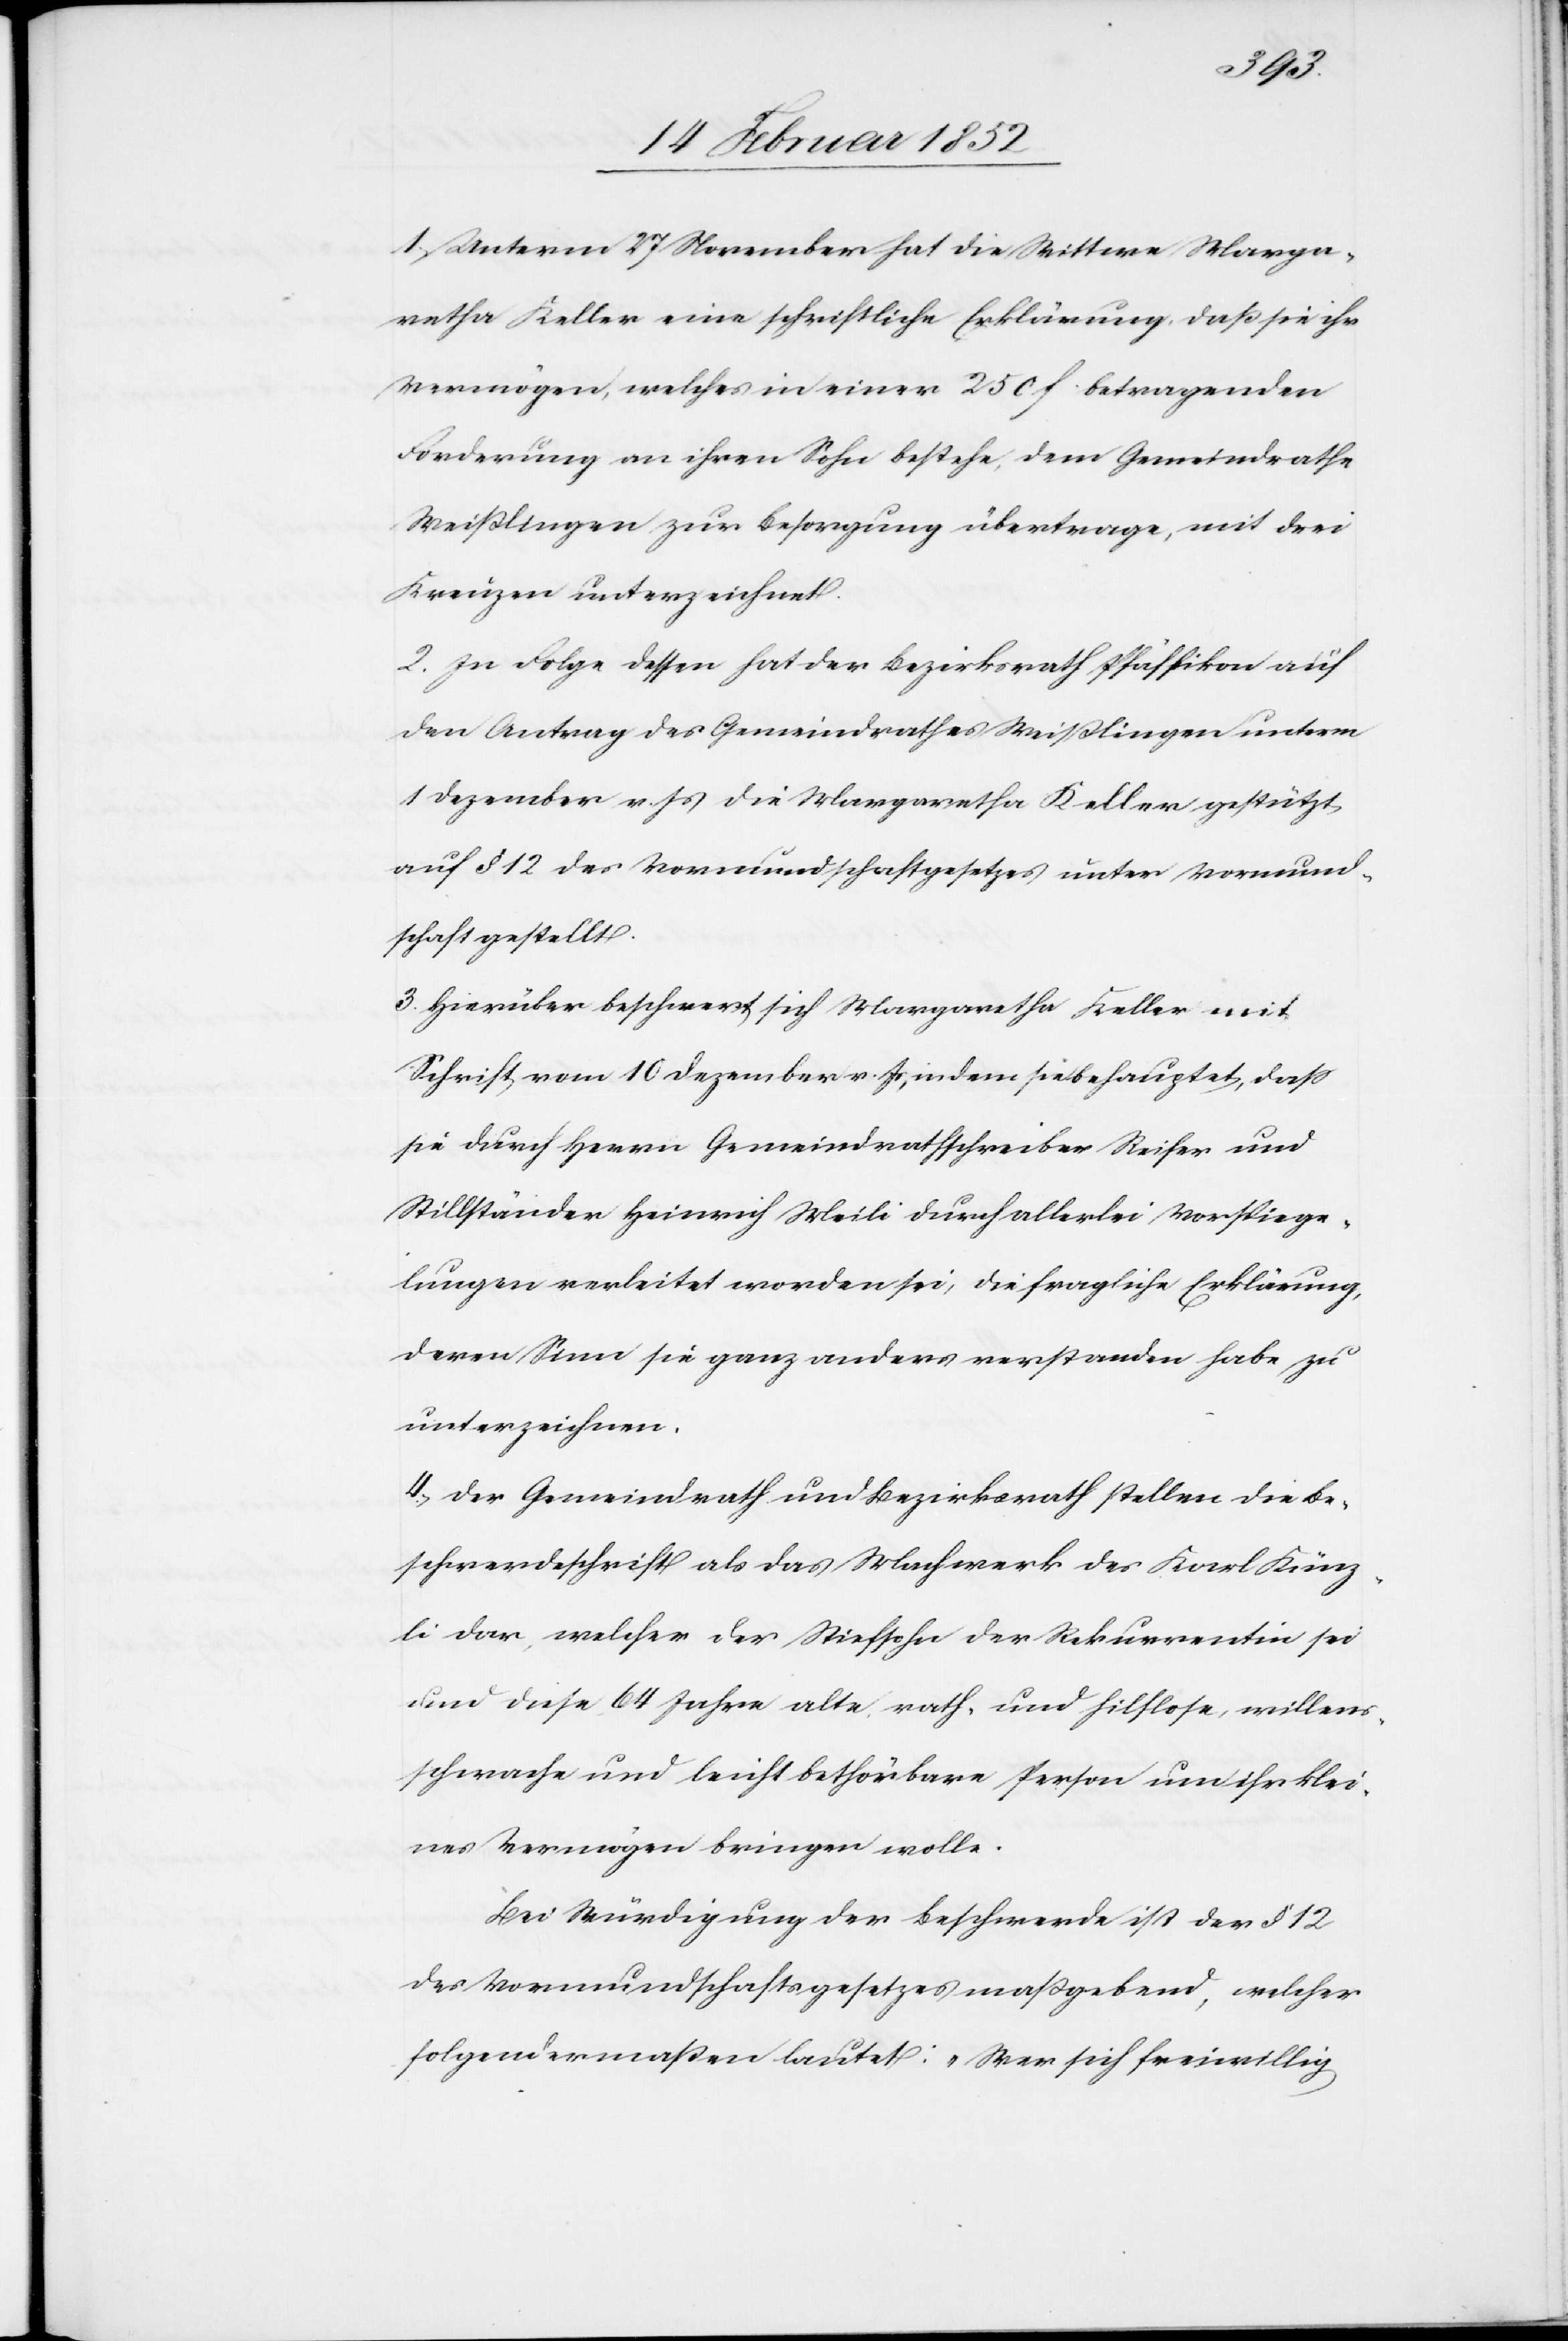
1) Unterm 27 November hat sich die Wittwe Marga¬
retha Keller eine schriftliche Erklärung, daß sie ihr
Vermögen, welches in einer 250 f. betragenden
Forderung an ihren Sohn bestehe, dem Gemeindrathe
Weißlingen zur Besorgung übertrage, mit drei
Kreuzen unterzeichnet.
2. In Folge dessen hat der Bezirksrath Pfäffikon auch
den Antrag des Gemeindrathes Weißlingen unterm
1 Dezember v. Js die Margaretha Keller gestützt
auf § 12 des Vormundschaftsgesetzes unter Vormund¬
schaft gestellt.
3. Hierüber beschwert sich Margaretha Keller mit
Schrift vom 10 Dezember, indem sie behauptet, daß
sie durch Herrn Gemeindrathsschreiber Reiser und
Stillständer Heinrich Meili durch allerlei Vorspiege¬
lungen verleitet worden sei, die fragliche Erklärung,
deren Sinn sie ganz anders verstanden habe zu
unterzeichnen.
4.) Der Gemeindrath und Bezirksrath stellen die Be¬
schwerdeschrift als das Machwerk des Karl Künz¬
li dar, welcher der Stiefsohn der Rekurrentin sei
und diese 64 Jahre alte rath- und hilflose, willens¬
schwache und leicht bethörbare Person um ihr klei¬
nes Vermögen bringen wolle.
Bei Würdigung der Beschwerde ist der § 12
des Vormundschaftsgesetztes maßgebend, welcher
folgendermaßen lautet: „Wer sich freiwillig